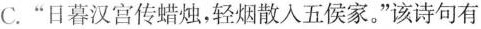
C.“日暮汉宫传蜡烛，轻烟散入五侯家。”该诗句有